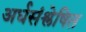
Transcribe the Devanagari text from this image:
अर्धसंश्लेषित